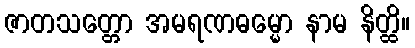
ဇာတသတ္တော အမရဏဓမ္မော နာမ နိတ္ထိ။